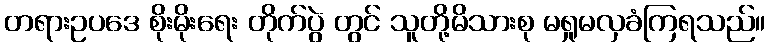
တရားဥပဒေ စိုးမိုးရေး တိုက်ပွဲ တွင် သူတို့မိသားစု မရှုမလှခံကြရသည်။